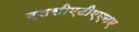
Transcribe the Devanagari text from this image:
एससीएटीएएनए